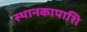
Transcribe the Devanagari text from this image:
स्थानकापाशि